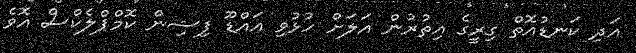
އަދި ކަނޑުއޮތް ގިރީގެ އިތުރުން އަލަށް ހުޅުވި އައްޑޫ ފިޝިން ކޮމްޕްލެކްސް އޮވެ